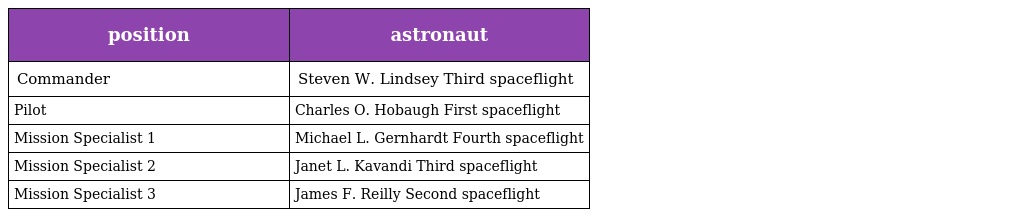
| position | astronaut |
 | --- | --- |
 | Commander | Steven W. Lindsey Third spaceflight |
 | Pilot | Charles O. Hobaugh First spaceflight |
 | Mission Specialist 1 | Michael L. Gernhardt Fourth spaceflight |
 | Mission Specialist 2 | Janet L. Kavandi Third spaceflight |
 | Mission Specialist 3 | James F. Reilly Second spaceflight |